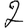
Digit: 2